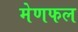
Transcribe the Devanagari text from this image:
मेणफल